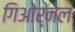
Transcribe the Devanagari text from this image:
गिओर्नेल